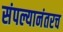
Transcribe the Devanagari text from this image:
संपल्यानंतरच